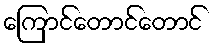
ကြောင်တောင်တောင်